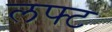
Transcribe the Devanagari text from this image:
लफ्ट